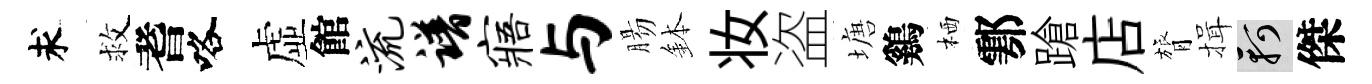
求救耆咯虚館流谱寤与腸鉢妆盗塘鷄栖鄠蹌店膂揖軻傑